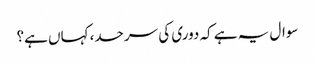
سوال یہ ہے کہ دوری کی سرحد، کہاں ہے؟